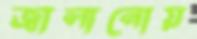
জ্বালানোয়